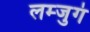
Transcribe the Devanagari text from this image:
लम्जुगं